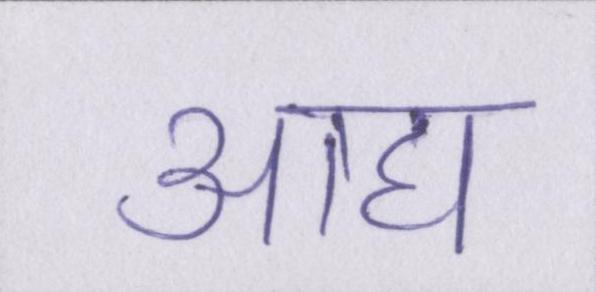
आद्य